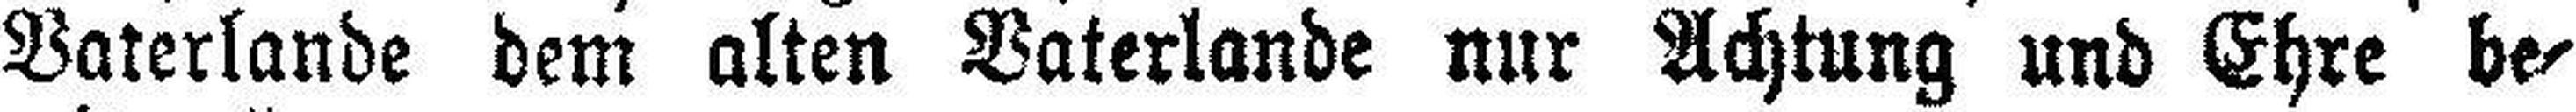
Vaterlande dem alten Vaterlande nur Achtung und Ehre be¬